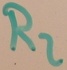
Text: R2